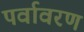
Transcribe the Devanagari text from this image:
पर्वावरण